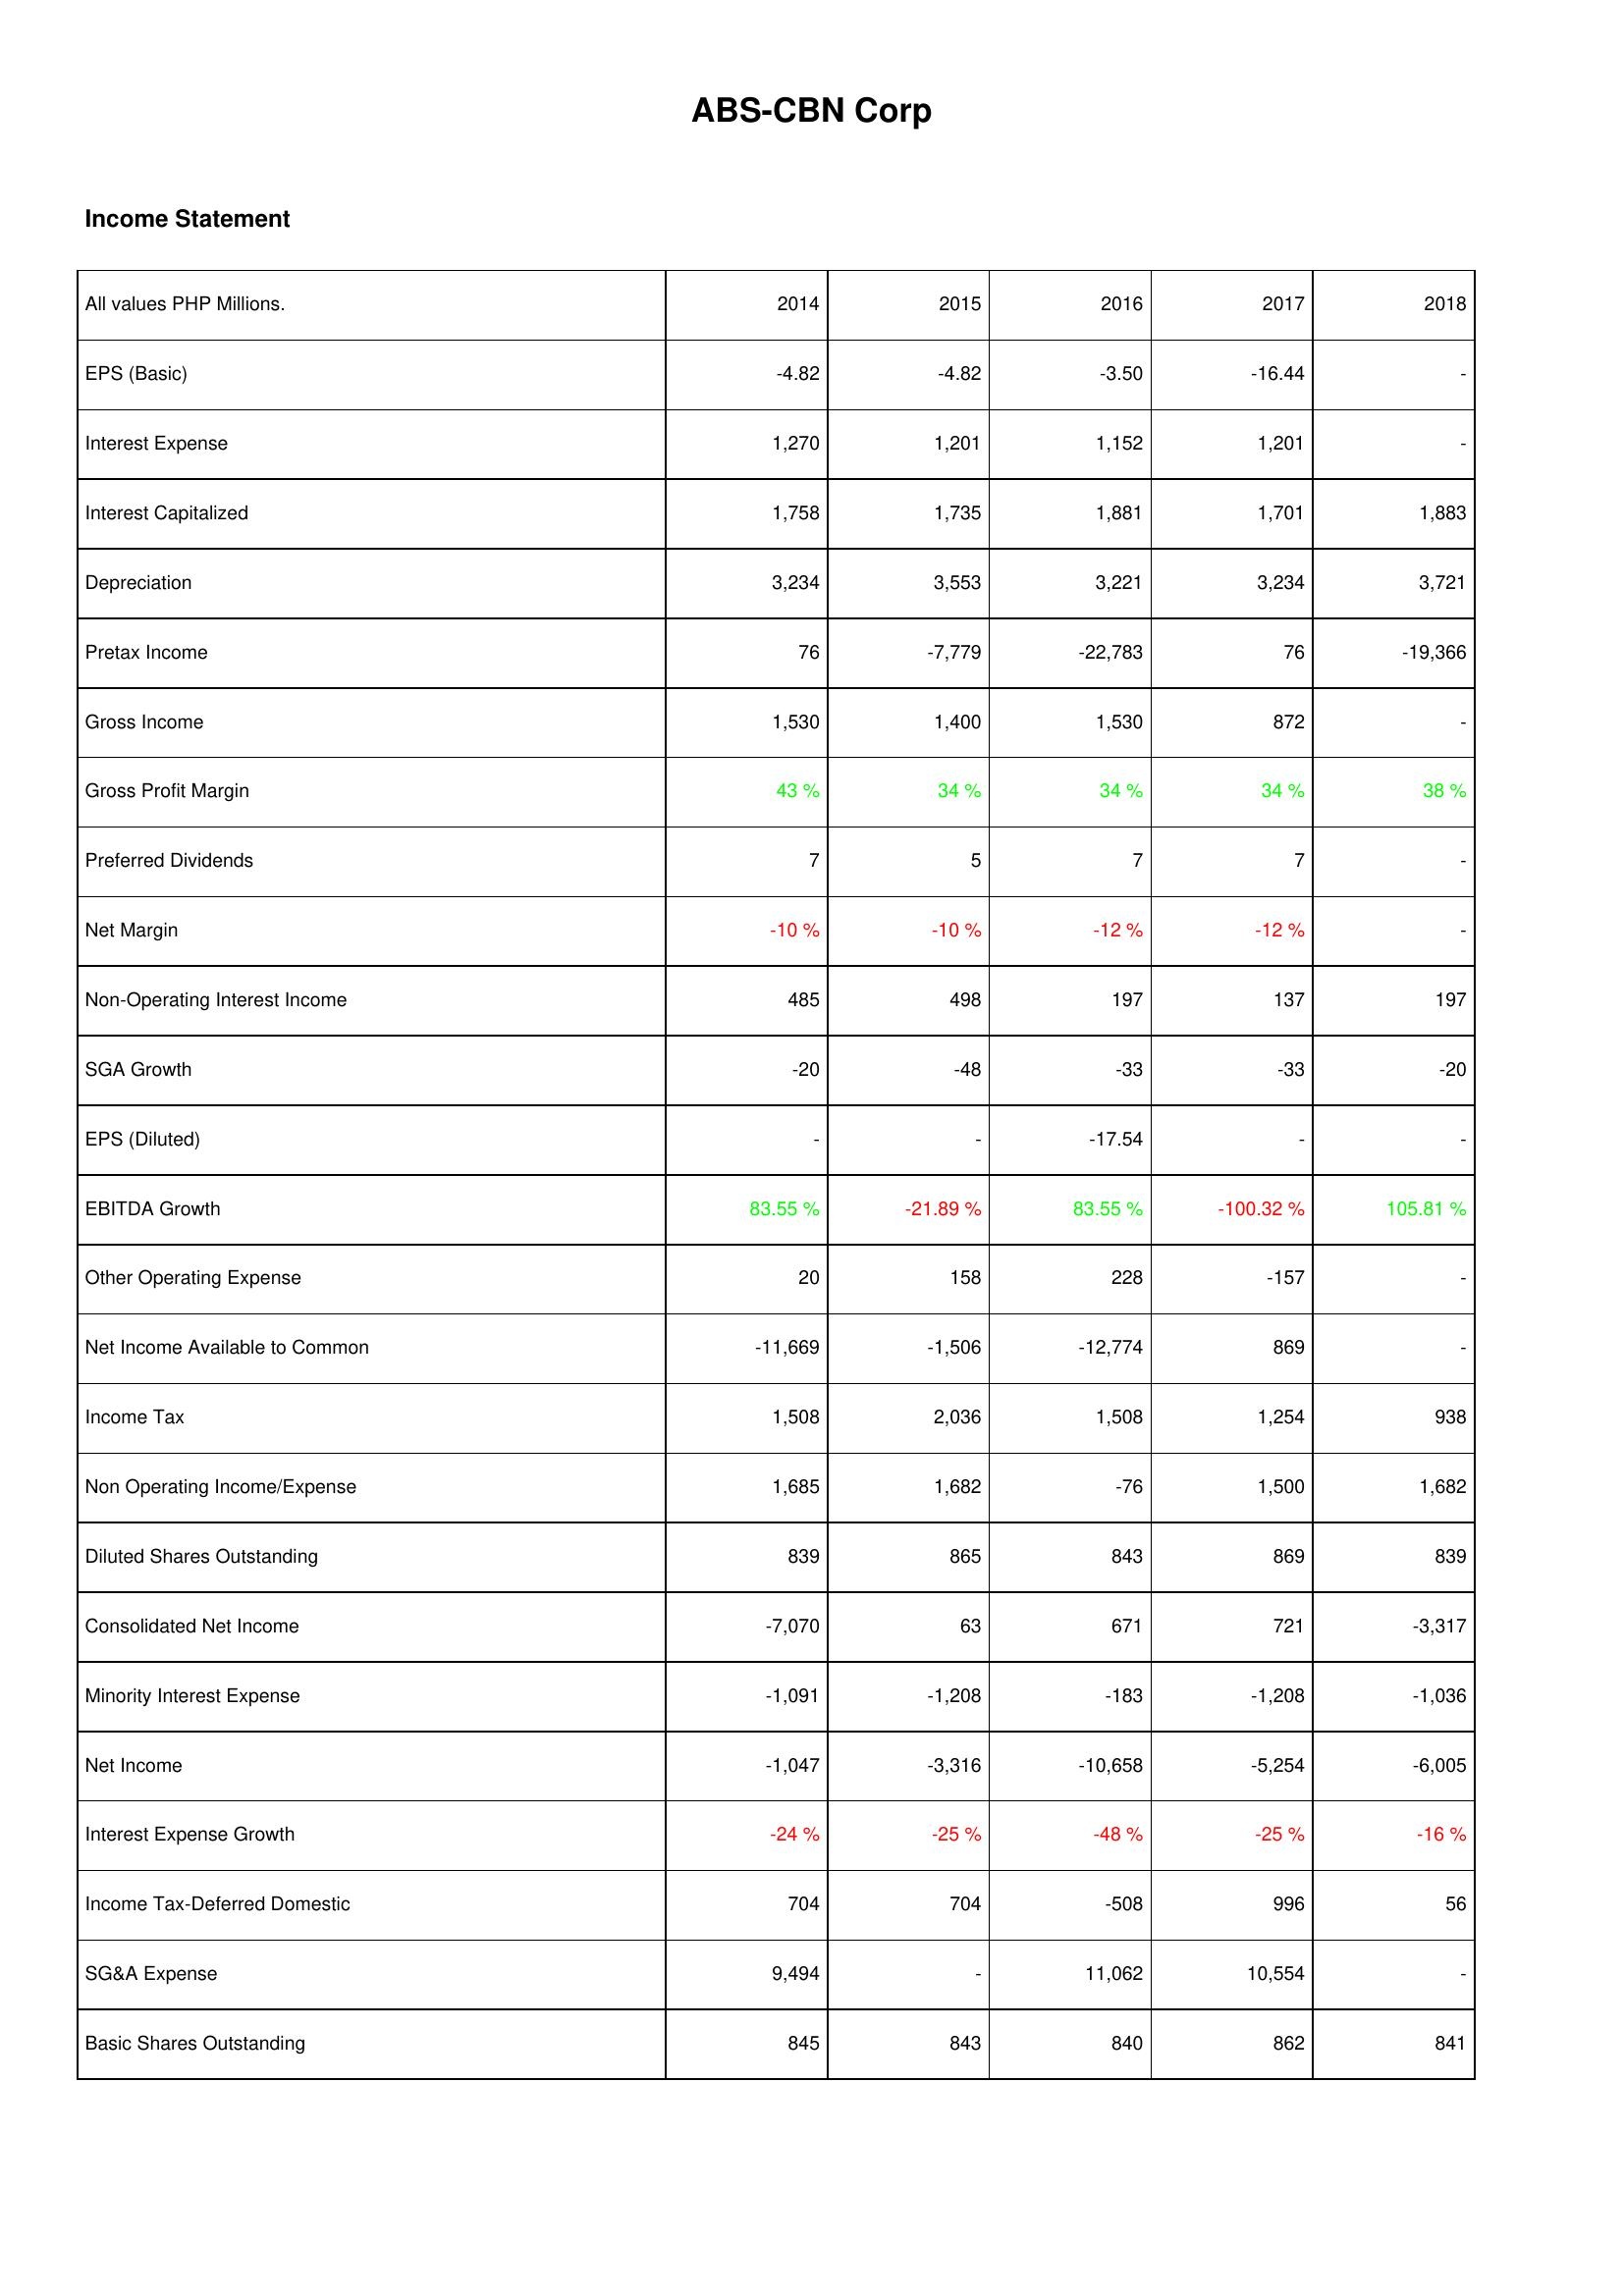
2014: Income Statement: EPS (Basic): -4.82
Interest Expense: 1,270
Interest Capitalized: 1,758
Depreciation: 3,234
Pretax Income: 76
Gross Income: 1,530
Gross Profit Margin: 43 %
Preferred Dividends: 7
Net Margin: -10 %
Non-Operating Interest Income: 485
SGA Growth: -20
EPS (Diluted): -
EBITDA Growth: 83.55 %
Other Operating Expense: 20
Net Income Available to Common: -11,669
Income Tax: 1,508
Non Operating Income/Expense: 1,685
Diluted Shares Outstanding: 839
Consolidated Net Income: -7,070
Minority Interest Expense: -1,091
Net Income: -1,047
Interest Expense Growth: -24 %
Income Tax-Deferred Domestic: 704
SG&A Expense: 9,494
Basic Shares Outstanding: 845
2015: Income Statement: EPS (Basic): -4.82
Interest Expense: 1,201
Interest Capitalized: 1,735
Depreciation: 3,553
Pretax Income: -7,779
Gross Income: 1,400
Gross Profit Margin: 34 %
Preferred Dividends: 5
Net Margin: -10 %
Non-Operating Interest Income: 498
SGA Growth: -48
EPS (Diluted): -
EBITDA Growth: -21.89 %
Other Operating Expense: 158
Net Income Available to Common: -1,506
Income Tax: 2,036
Non Operating Income/Expense: 1,682
Diluted Shares Outstanding: 865
Consolidated Net Income: 63
Minority Interest Expense: -1,208
Net Income: -3,316
Interest Expense Growth: -25 %
Income Tax-Deferred Domestic: 704
SG&A Expense: -
Basic Shares Outstanding: 843
2016: Income Statement: EPS (Basic): -3.50
Interest Expense: 1,152
Interest Capitalized: 1,881
Depreciation: 3,221
Pretax Income: -22,783
Gross Income: 1,530
Gross Profit Margin: 34 %
Preferred Dividends: 7
Net Margin: -12 %
Non-Operating Interest Income: 197
SGA Growth: -33
EPS (Diluted): -17.54
EBITDA Growth: 83.55 %
Other Operating Expense: 228
Net Income Available to Common: -12,774
Income Tax: 1,508
Non Operating Income/Expense: -76
Diluted Shares Outstanding: 843
Consolidated Net Income: 671
Minority Interest Expense: -183
Net Income: -10,658
Interest Expense Growth: -48 %
Income Tax-Deferred Domestic: -508
SG&A Expense: 11,062
Basic Shares Outstanding: 840
2017: Income Statement: EPS (Basic): -16.44
Interest Expense: 1,201
Interest Capitalized: 1,701
Depreciation: 3,234
Pretax Income: 76
Gross Income: 872
Gross Profit Margin: 34 %
Preferred Dividends: 7
Net Margin: -12 %
Non-Operating Interest Income: 137
SGA Growth: -33
EPS (Diluted): -
EBITDA Growth: -100.32 %
Other Operating Expense: -157
Net Income Available to Common: 869
Income Tax: 1,254
Non Operating Income/Expense: 1,500
Diluted Shares Outstanding: 869
Consolidated Net Income: 721
Minority Interest Expense: -1,208
Net Income: -5,254
Interest Expense Growth: -25 %
Income Tax-Deferred Domestic: 996
SG&A Expense: 10,554
Basic Shares Outstanding: 862
2018: Income Statement: EPS (Basic): -
Interest Expense: -
Interest Capitalized: 1,883
Depreciation: 3,721
Pretax Income: -19,366
Gross Income: -
Gross Profit Margin: 38 %
Preferred Dividends: -
Net Margin: -
Non-Operating Interest Income: 197
SGA Growth: -20
EPS (Diluted): -
EBITDA Growth: 105.81 %
Other Operating Expense: -
Net Income Available to Common: -
Income Tax: 938
Non Operating Income/Expense: 1,682
Diluted Shares Outstanding: 839
Consolidated Net Income: -3,317
Minority Interest Expense: -1,036
Net Income: -6,005
Interest Expense Growth: -16 %
Income Tax-Deferred Domestic: 56
SG&A Expense: -
Basic Shares Outstanding: 841